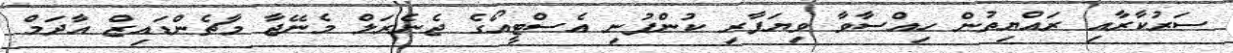
ސަރުކާރާއި ރައްޔިތުން ހިއްސާވާ ވިޔަފާރި ކުންފުނި އެސްޓީއޯގެ ޖެނެރަލް މެނޭޖާ މާޗެންޑައިޒް އާދަމް